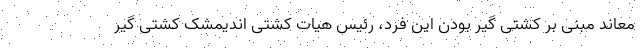
معاند مبنی بر کشتی گیر بودن این فرد، رئیس هیات کشتی اندیمشک کشتی گیر